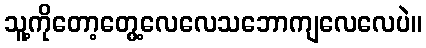
သူ့ကိုတော့တွေ့လေလေသဘောကျလေလေပဲ။